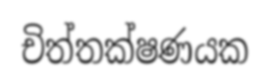
චිත්තක්ෂණයක